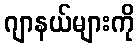
ဂျာနယ်များကို